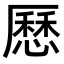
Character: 𠪾